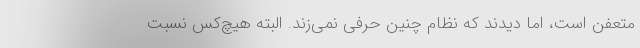
متعفن است، اما دیدند که نظام چنین حرفی نمی‌زند. البته هیچ‌کس نسبت